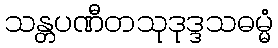
သန္တပဏီတသုဒုဒ္ဒသဓမ္မံ